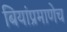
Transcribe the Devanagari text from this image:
बियांप्रमाणेच